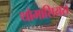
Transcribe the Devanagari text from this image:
थोमासियस